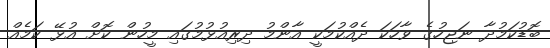
ބޮޑުކަމުދާ ނަޖިހުގެ ވާހަކަ ދެއްކުމަކީ އާންމު ދިރިއުޅުމުގައި މީހުން ކޮށް އުޅޭ ކަމެއް